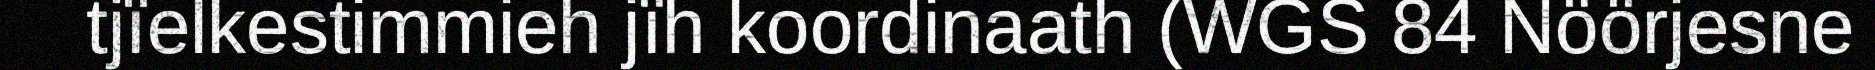
tjïelkestimmieh jïh koordinaath (WGS 84 Nöörjesne